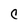
Character: C